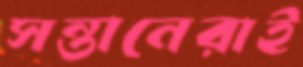
সন্তানেরাই